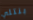
بنتلي